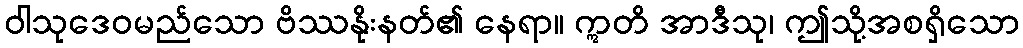
ဝါသုဒေဝမည်သော ဗိဿနိုးနတ်၏ နေရာ။ ဣတိ အာဒီသု၊ ဤသို့အစရှိသော